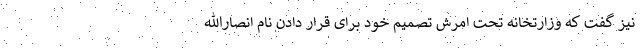
نیز گفت که وزارتخانه تحت امرش تصمیم خود برای قرار دادن نام انصارالله